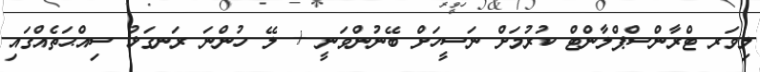
ލިވަރ ޓްރާންސްޕްލާންޓް ކުރުމަށް ނަސީހަށް ބޭނުންވަނީ + ލޭ ހުންނަ ރަނގަޅު ސިއްޙަތެއްގައި